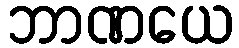
ဘာဏယေ